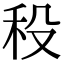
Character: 𥝻